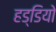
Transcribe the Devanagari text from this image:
हड्डियो